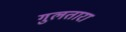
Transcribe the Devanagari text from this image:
गुलतारा